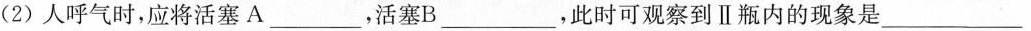
(2)人呼气时，应将活塞A___，活塞B___，此时可观察到Ⅱ瓶内的现象是___。